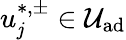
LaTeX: u_{\mathit{j}}^{\ast,\pm}\in\mathcal{{U}}_{\textrm{{ad}}}